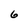
Character: 6